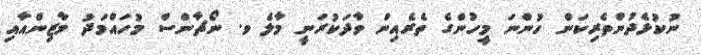
ނުކުޅެދުންތެރިކަން ހުންނަ މީހުންގެ ތެރެއިން ވާދަކުރަނީ މާލެ ވ. ނޯޗާންސް މުހައްމަދު މާޒިންއާއި